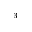
_ 3